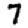
Digit: 7